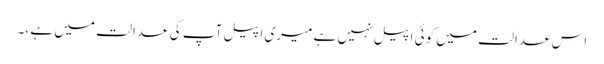
اس عدالت میں کوئی اپیل نہیں ہے میری اپیل آپ کی عدالت میں ہے ،۔